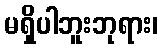
မရှိပါဘူးဘုရား၊